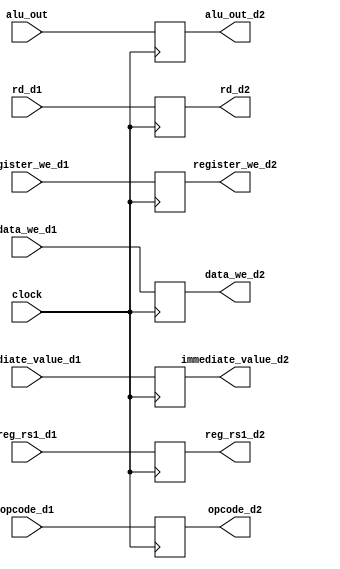
module delay_input2(clock,reg_rs1_d1,alu_out,immediate_value_d1,opcode_d1,register_we_d1,data_we_d1,rd_d1,reg_rs1_d2,alu_out_d2,immediate_value_d2,opcode_d2,rd_d2,register_we_d2,data_we_d2);
output reg [31:0] reg_rs1_d2,alu_out_d2,immediate_value_d2;
output reg [5:0] opcode_d2;
output reg [4:0] rd_d2;
output reg register_we_d2,data_we_d2;


input[31:0] reg_rs1_d1,alu_out,immediate_value_d1;
input [5:0] opcode_d1;
input [4:0] rd_d1;
input register_we_d1,data_we_d1;
input clock;


always@(posedge clock)
begin
reg_rs1_d2<=reg_rs1_d1;
alu_out_d2 <= alu_out;
immediate_value_d2<= immediate_value_d1;
opcode_d2<=opcode_d1;
rd_d2<=rd_d1;
register_we_d2 <= register_we_d1;
data_we_d2 <= data_we_d1;

end
endmodule